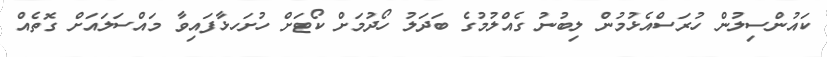
ކައުންސިލުން ހުރަސްއެޅުމުން ލިބުނު ގެއްލުމުގެ ބަދަލު ހޯދުމަށް ކޯޓަށް ހުށަހޅާފައިވާ މައްސަލައަށް ގޮތެއް